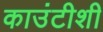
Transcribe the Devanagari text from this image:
काउंटीशी